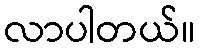
လာပါတယ်။